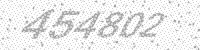
Solution: 454802